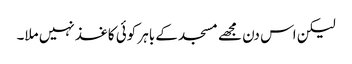
لیکن اس دن مجھے مسجد کے باہر کوئی کاغذ نہیں ملا۔